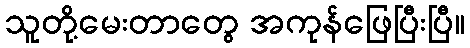
သူတို့မေးတာတွေ အကုန်ဖြေပြီးပြီ။